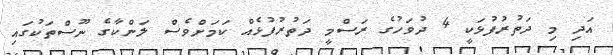
އަދި މި ދަތުރުފުޅަކީ 4 ދުވަހުގެ ރަސްމީ ދަތުރުފުޅެއް ކަމަށްވެސް ލަންކާގެ ނޫސްތަކުގައި